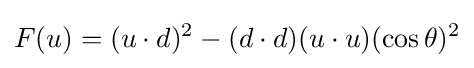
F(u)=(u\cdot d)^{2}-(d\cdot d)(u\cdot u)(\cos \theta )^{2}